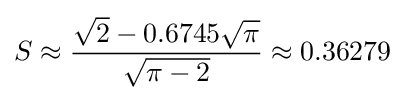
S\approx {\frac {{\sqrt {2}}-0.6745{\sqrt {\pi }}}{\sqrt {\pi -2}}}\approx 0.36279